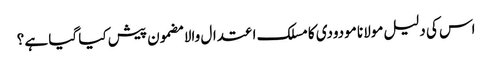
اس کی دلیل مولانا مودودی کا مسلک اعتدال والا مضمون پیش کیا گیا ہے ؟